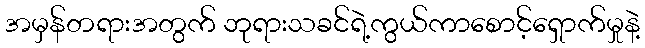
အမှန်တရားအတွက် ဘုရားသခင်ရဲ့ကွယ်ကာစောင့်ရှောက်မှုနဲ့